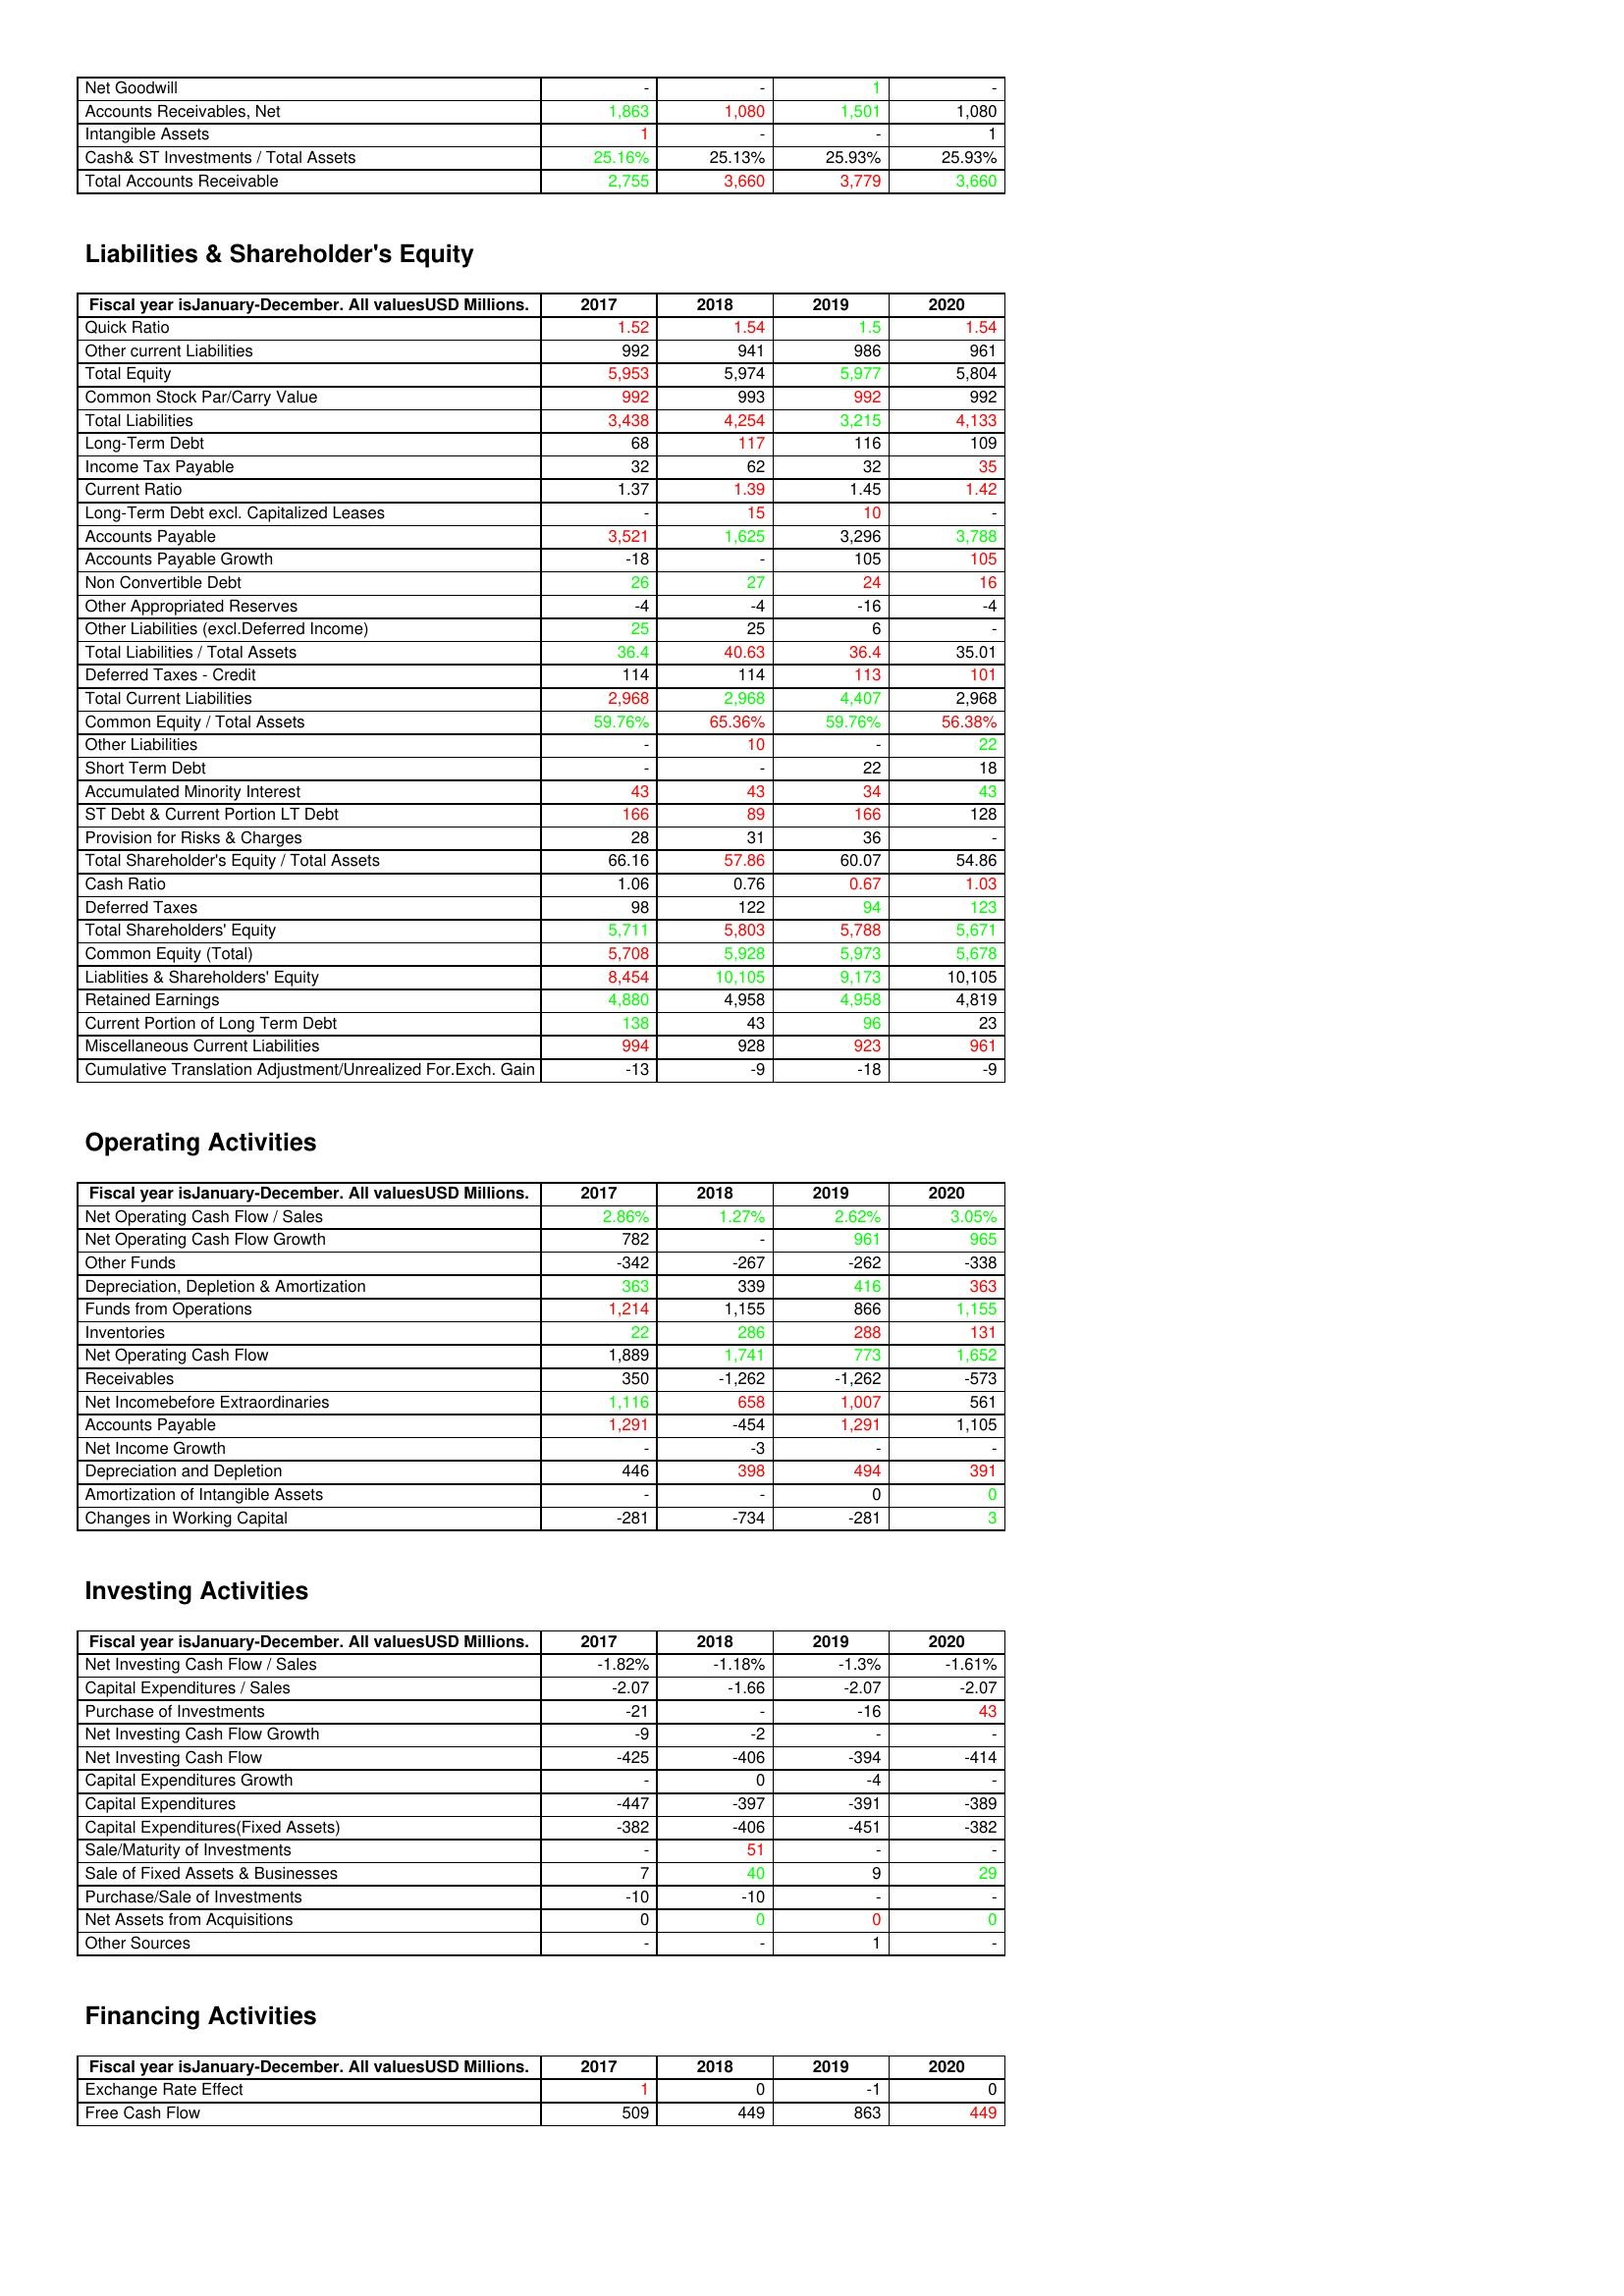
gt_parse: 2017: Assets: Net Goodwill: -
Accounts Receivables, Net: 1,863
Intangible Assets: 1
Cash& ST Investments / Total Assets: 25.16%
Total Accounts Receivable: 2,755
Liabilities & Shareholder's Equity: Quick Ratio: 1.52
Other current Liabilities: 992
Total Equity: 5,953
Common Stock Par/Carry Value: 992
Total Liabilities: 3,438
Long-Term Debt: 68
Income Tax Payable: 32
Current Ratio: 1.37
Long-Term Debt excl. Capitalized Leases: -
Accounts Payable: 3,521
Accounts Payable Growth: -18
Non Convertible Debt: 26
Other Appropriated Reserves: -4
Other Liabilities (excl.Deferred Income): 25
Total Liabilities / Total Assets: 36.4
Deferred Taxes - Credit: 114
Total Current Liabilities: 2,968
Common Equity / Total Assets: 59.76%
Other Liabilities: -
Short Term Debt: -
Accumulated Minority Interest: 43
ST Debt & Current Portion LT Debt: 166
Provision for Risks & Charges: 28
Total Shareholder's Equity / Total Assets: 66.16
Cash Ratio: 1.06
Deferred Taxes: 98
Total Shareholders' Equity: 5,711
Common Equity (Total): 5,708
Liablities & Shareholders' Equity: 8,454
Retained Earnings: 4,880
Current Portion of Long Term Debt: 138
Miscellaneous Current Liabilities: 994
Cumulative Translation Adjustment/Unrealized For.Exch. Gain: -13
Operating Activities: Net Operating Cash Flow / Sales: 2.86%
Net Operating Cash Flow Growth: 782
Other Funds: -342
Depreciation, Depletion & Amortization: 363
Funds from Operations: 1,214
Inventories: 22
Net Operating Cash Flow: 1,889
Receivables: 350
Net Incomebefore Extraordinaries: 1,116
Accounts Payable: 1,291
Net Income Growth: -
Depreciation and Depletion: 446
Amortization of Intangible Assets: -
Changes in Working Capital: -281
Investing Activities: Net Investing Cash Flow / Sales: -1.82%
Capital Expenditures / Sales: -2.07
Purchase of Investments: -21
Net Investing Cash Flow Growth: -9
Net Investing Cash Flow: -425
Capital Expenditures Growth: -
Capital Expenditures: -447
Capital Expenditures(Fixed Assets): -382
Sale/Maturity of Investments: -
Sale of Fixed Assets & Businesses: 7
Purchase/Sale of Investments: -10
Net Assets from Acquisitions: 0
Other Sources: -
Financing Activities: Exchange Rate Effect: 1
Free Cash Flow: 509
2018: Assets: Net Goodwill: -
Accounts Receivables, Net: 1,080
Intangible Assets: -
Cash& ST Investments / Total Assets: 25.13%
Total Accounts Receivable: 3,660
Liabilities & Shareholder's Equity: Quick Ratio: 1.54
Other current Liabilities: 941
Total Equity: 5,974
Common Stock Par/Carry Value: 993
Total Liabilities: 4,254
Long-Term Debt: 117
Income Tax Payable: 62
Current Ratio: 1.39
Long-Term Debt excl. Capitalized Leases: 15
Accounts Payable: 1,625
Accounts Payable Growth: -
Non Convertible Debt: 27
Other Appropriated Reserves: -4
Other Liabilities (excl.Deferred Income): 25
Total Liabilities / Total Assets: 40.63
Deferred Taxes - Credit: 114
Total Current Liabilities: 2,968
Common Equity / Total Assets: 65.36%
Other Liabilities: 10
Short Term Debt: -
Accumulated Minority Interest: 43
ST Debt & Current Portion LT Debt: 89
Provision for Risks & Charges: 31
Total Shareholder's Equity / Total Assets: 57.86
Cash Ratio: 0.76
Deferred Taxes: 122
Total Shareholders' Equity: 5,803
Common Equity (Total): 5,928
Liablities & Shareholders' Equity: 10,105
Retained Earnings: 4,958
Current Portion of Long Term Debt: 43
Miscellaneous Current Liabilities: 928
Cumulative Translation Adjustment/Unrealized For.Exch. Gain: -9
Operating Activities: Net Operating Cash Flow / Sales: 1.27%
Net Operating Cash Flow Growth: -
Other Funds: -267
Depreciation, Depletion & Amortization: 339
Funds from Operations: 1,155
Inventories: 286
Net Operating Cash Flow: 1,741
Receivables: -1,262
Net Incomebefore Extraordinaries: 658
Accounts Payable: -454
Net Income Growth: -3
Depreciation and Depletion: 398
Amortization of Intangible Assets: -
Changes in Working Capital: -734
Investing Activities: Net Investing Cash Flow / Sales: -1.18%
Capital Expenditures / Sales: -1.66
Purchase of Investments: -
Net Investing Cash Flow Growth: -2
Net Investing Cash Flow: -406
Capital Expenditures Growth: 0
Capital Expenditures: -397
Capital Expenditures(Fixed Assets): -406
Sale/Maturity of Investments: 51
Sale of Fixed Assets & Businesses: 40
Purchase/Sale of Investments: -10
Net Assets from Acquisitions: 0
Other Sources: -
Financing Activities: Exchange Rate Effect: 0
Free Cash Flow: 449
2019: Assets: Net Goodwill: 1
Accounts Receivables, Net: 1,501
Intangible Assets: -
Cash& ST Investments / Total Assets: 25.93%
Total Accounts Receivable: 3,779
Liabilities & Shareholder's Equity: Quick Ratio: 1.5
Other current Liabilities: 986
Total Equity: 5,977
Common Stock Par/Carry Value: 992
Total Liabilities: 3,215
Long-Term Debt: 116
Income Tax Payable: 32
Current Ratio: 1.45
Long-Term Debt excl. Capitalized Leases: 10
Accounts Payable: 3,296
Accounts Payable Growth: 105
Non Convertible Debt: 24
Other Appropriated Reserves: -16
Other Liabilities (excl.Deferred Income): 6
Total Liabilities / Total Assets: 36.4
Deferred Taxes - Credit: 113
Total Current Liabilities: 4,407
Common Equity / Total Assets: 59.76%
Other Liabilities: -
Short Term Debt: 22
Accumulated Minority Interest: 34
ST Debt & Current Portion LT Debt: 166
Provision for Risks & Charges: 36
Total Shareholder's Equity / Total Assets: 60.07
Cash Ratio: 0.67
Deferred Taxes: 94
Total Shareholders' Equity: 5,788
Common Equity (Total): 5,973
Liablities & Shareholders' Equity: 9,173
Retained Earnings: 4,958
Current Portion of Long Term Debt: 96
Miscellaneous Current Liabilities: 923
Cumulative Translation Adjustment/Unrealized For.Exch. Gain: -18
Operating Activities: Net Operating Cash Flow / Sales: 2.62%
Net Operating Cash Flow Growth: 961
Other Funds: -262
Depreciation, Depletion & Amortization: 416
Funds from Operations: 866
Inventories: 288
Net Operating Cash Flow: 773
Receivables: -1,262
Net Incomebefore Extraordinaries: 1,007
Accounts Payable: 1,291
Net Income Growth: -
Depreciation and Depletion: 494
Amortization of Intangible Assets: 0
Changes in Working Capital: -281
Investing Activities: Net Investing Cash Flow / Sales: -1.3%
Capital Expenditures / Sales: -2.07
Purchase of Investments: -16
Net Investing Cash Flow Growth: -
Net Investing Cash Flow: -394
Capital Expenditures Growth: -4
Capital Expenditures: -391
Capital Expenditures(Fixed Assets): -451
Sale/Maturity of Investments: -
Sale of Fixed Assets & Businesses: 9
Purchase/Sale of Investments: -
Net Assets from Acquisitions: 0
Other Sources: 1
Financing Activities: Exchange Rate Effect: -1
Free Cash Flow: 863
2020: Assets: Net Goodwill: -
Accounts Receivables, Net: 1,080
Intangible Assets: 1
Cash& ST Investments / Total Assets: 25.93%
Total Accounts Receivable: 3,660
Liabilities & Shareholder's Equity: Quick Ratio: 1.54
Other current Liabilities: 961
Total Equity: 5,804
Common Stock Par/Carry Value: 992
Total Liabilities: 4,133
Long-Term Debt: 109
Income Tax Payable: 35
Current Ratio: 1.42
Long-Term Debt excl. Capitalized Leases: -
Accounts Payable: 3,788
Accounts Payable Growth: 105
Non Convertible Debt: 16
Other Appropriated Reserves: -4
Other Liabilities (excl.Deferred Income): -
Total Liabilities / Total Assets: 35.01
Deferred Taxes - Credit: 101
Total Current Liabilities: 2,968
Common Equity / Total Assets: 56.38%
Other Liabilities: 22
Short Term Debt: 18
Accumulated Minority Interest: 43
ST Debt & Current Portion LT Debt: 128
Provision for Risks & Charges: -
Total Shareholder's Equity / Total Assets: 54.86
Cash Ratio: 1.03
Deferred Taxes: 123
Total Shareholders' Equity: 5,671
Common Equity (Total): 5,678
Liablities & Shareholders' Equity: 10,105
Retained Earnings: 4,819
Current Portion of Long Term Debt: 23
Miscellaneous Current Liabilities: 961
Cumulative Translation Adjustment/Unrealized For.Exch. Gain: -9
Operating Activities: Net Operating Cash Flow / Sales: 3.05%
Net Operating Cash Flow Growth: 965
Other Funds: -338
Depreciation, Depletion & Amortization: 363
Funds from Operations: 1,155
Inventories: 131
Net Operating Cash Flow: 1,652
Receivables: -573
Net Incomebefore Extraordinaries: 561
Accounts Payable: 1,105
Net Income Growth: -
Depreciation and Depletion: 391
Amortization of Intangible Assets: 0
Changes in Working Capital: 3
Investing Activities: Net Investing Cash Flow / Sales: -1.61%
Capital Expenditures / Sales: -2.07
Purchase of Investments: 43
Net Investing Cash Flow Growth: -
Net Investing Cash Flow: -414
Capital Expenditures Growth: -
Capital Expenditures: -389
Capital Expenditures(Fixed Assets): -382
Sale/Maturity of Investments: -
Sale of Fixed Assets & Businesses: 29
Purchase/Sale of Investments: -
Net Assets from Acquisitions: 0
Other Sources: -
Financing Activities: Exchange Rate Effect: 0
Free Cash Flow: 449